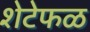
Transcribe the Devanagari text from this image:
शेटेफळ